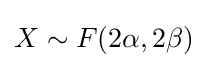
X\sim F(2\alpha ,2\beta )